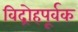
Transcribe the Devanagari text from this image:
विद्रोहपूर्वक